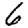
Digit: 6